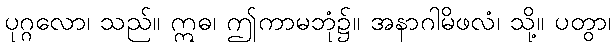
ပုဂ္ဂလော၊ သည်။ ဣဓ၊ ဤကာမဘုံ၌။ အနာဂါမိဖလံ၊ သို့။ ပတွာ၊